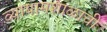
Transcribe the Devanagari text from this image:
व्यायामशाळाची